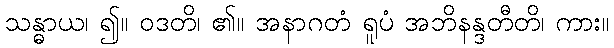
သန္ဓာယ၊ ၍။ ဝဒတိ၊ ၏။ အနာဂတံ ရူပံ အဘိနန္ဒတီတိ၊ ကား။